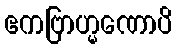
ဧကဗြာဟ္မဏောပိ